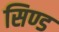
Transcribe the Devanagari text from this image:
सिण्ड